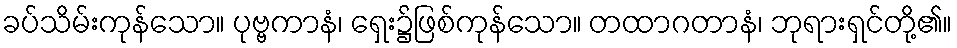
ခပ်သိမ်းကုန်သော။ ပုဗ္ဗကာနံ၊ ရှေး၌ဖြစ်ကုန်သော။ တထာဂတာနံ၊ ဘုရားရှင်တို့၏။